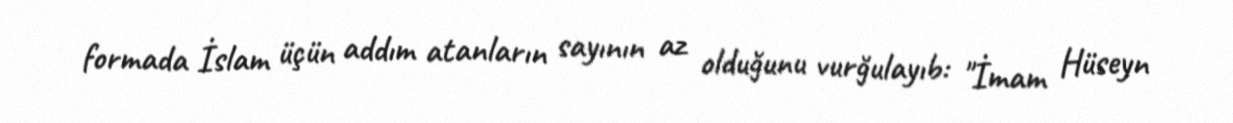
formada İslam üçün addım atanların sayının az olduğunu vurğulayıb: "İmam Hüseyn